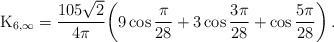
\begin{align*} {\rm K}_{6, \infty}={105 \sqrt{2}\over 4\pi}\!\left (9\cos{\pi \over 28}+3\cos{3\pi \over 28}+ \cos{5\pi \over 28} \right ).\end{align*}